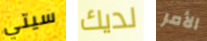
سيتي لديك الأمر